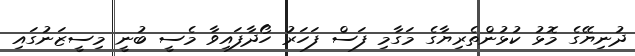
ދުނިޔޭގެ މޮޅު ކުޅުންތެރިޔާގެ މަގާމި ފަސް ފަހަރު ހޯދާފައިވާ މެސީ ބުނީ މިސީޒަނުގައި